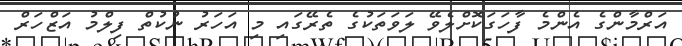
އަރްމާންގެ އެންމެ ފާހަގަކޮށްލެވޭ ލަވަތަކުގެ ތެރޭގައި މި އަހަރު ނުކުތް ފިލްމު އަޒްހަރް